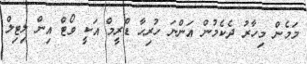
މަމެން މިހާރު ދެކެމުން އަންނަ ހުރިހާ ޑްރީމް އަކީ ވޯޓް އިން ލިޓިލް